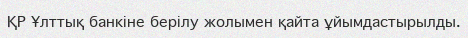
ҚР Ұлттық банкіне берілу жолымен қайта ұйымдастырылды.